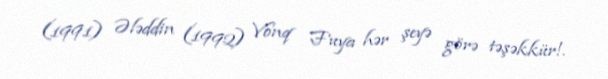
(1991) Ələddin (1992) Vonq Fuya hər şeyə görə təşəkkür!.